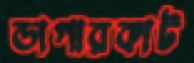
ডাগারকাট